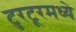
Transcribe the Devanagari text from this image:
टुरटूरमध्ये